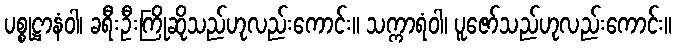
ပစ္စုဋ္ဌာနံဝါ၊ ခရီးဦးကြိုဆိုသည်ဟုလည်းကောင်း။ သက္ကာရံဝါ၊ ပူဇော်သည်ဟုလည်းကောင်း။